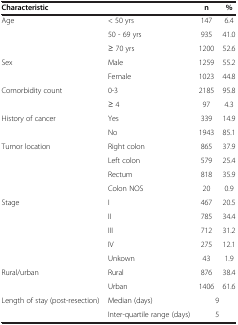
<table><thead><tr><td><b>Characteristic</b></td><td><b> </b></td><td><b>n</b></td><td><b>%</b></td></tr></thead><tbody><tr><td rowspan="3">Age</td><td>&lt; 50 yrs</td><td>147</td><td>6.4</td></tr><tr><td>50 - 69 yrs</td><td>935</td><td>41.0</td></tr><tr><td>≥ 70 yrs</td><td>1200</td><td>52.6</td></tr><tr><td rowspan="2">Sex</td><td>Male</td><td>1259</td><td>55.2</td></tr><tr><td>Female</td><td>1023</td><td>44.8</td></tr><tr><td rowspan="2">Comorbidity count</td><td>0-3</td><td>2185</td><td>95.8</td></tr><tr><td>≥ 4</td><td>97</td><td>4.3</td></tr><tr><td rowspan="2">History of cancer</td><td>Yes</td><td>339</td><td>14.9</td></tr><tr><td>No</td><td>1943</td><td>85.1</td></tr><tr><td rowspan="4">Tumor location</td><td>Right colon</td><td>865</td><td>37.9</td></tr><tr><td>Left colon</td><td>579</td><td>25.4</td></tr><tr><td>Rectum</td><td>818</td><td>35.9</td></tr><tr><td>Colon NOS</td><td>20</td><td>0.9</td></tr><tr><td rowspan="5">Stage</td><td>I</td><td>467</td><td>20.5</td></tr><tr><td>II</td><td>785</td><td>34.4</td></tr><tr><td>III</td><td>712</td><td>31.2</td></tr><tr><td>IV</td><td>275</td><td>12.1</td></tr><tr><td>Unkown</td><td>43</td><td>1.9</td></tr><tr><td rowspan="2">Rural/urban</td><td>Rural</td><td>876</td><td>38.4</td></tr><tr><td>Urban</td><td>1406</td><td>61.6</td></tr><tr><td rowspan="2">Length of stay (post-resection)</td><td>Median (days)</td><td colspan="2">9</td></tr><tr><td>Inter-quartile range (days)</td><td colspan="2">5</td></tr></tbody></table>